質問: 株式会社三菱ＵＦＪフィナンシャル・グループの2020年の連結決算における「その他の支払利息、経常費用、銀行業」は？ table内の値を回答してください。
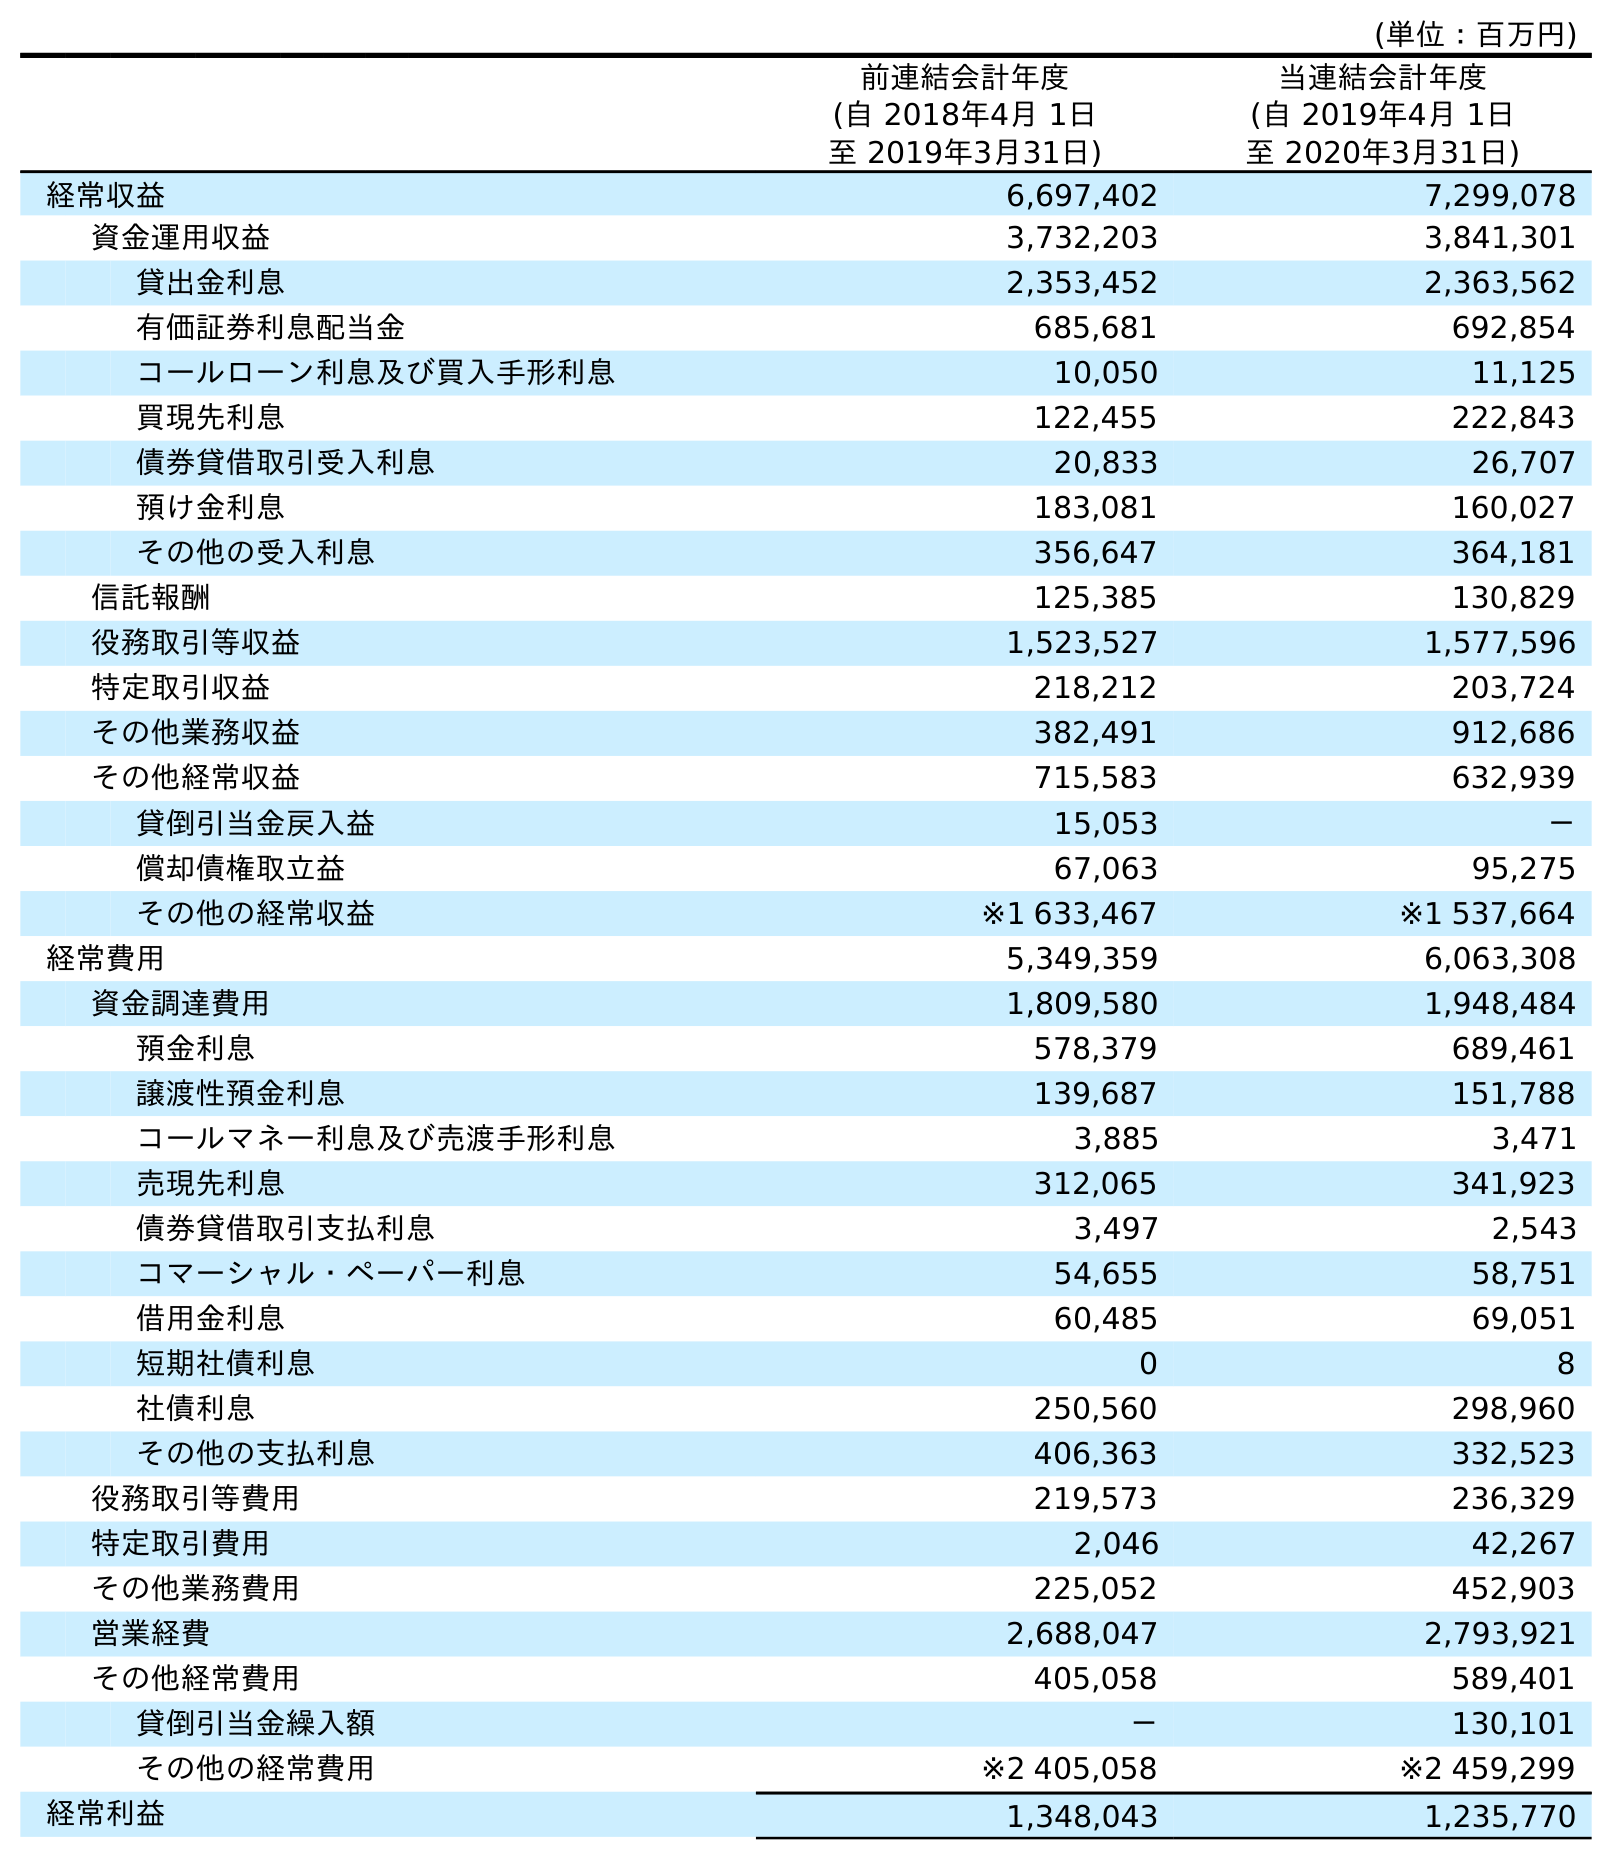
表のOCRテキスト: (単位：百万円) 前連結会計年度 (自 2018年4月 1日 至 2019年3月31日) 当連結会計年度 (自 2019年4月 1日 至 2020年3月31日) 経常収益 6,697,402 7,299,078 資金運用収益 3,732,203 3,841,301 貸出金利息 2,353,452 2,363,562 有価証券利息配当金 685,681 692,854 コールローン利息及び買入手形利息 10,050 11,125 買現先利息 122,455 222,843 債券貸借取引受入利息 20,833 26,707 預け金利息 183,081 160,027 その他の受入利息 356,647 364,181 信託報酬 125,385 130,829 役務取引等収益 1,523,527 1,577,596 特定取引収益 218,212 203,724 その他業務収益 382,491 912,686 その他経常収益 715,583 632,939 貸倒引当金戻入益 15,053 － 償却債権取立益 67,063 95,275 その他の経常収益 ※1 633,467 ※1 537,664 経常費用 5,349,359 6,063,308 資金調達費用 1,809,580 1,948,484 預金利息 578,379 689,461 譲渡性預金利息 139,687 151,788 コールマネー利息及び売渡手形利息 3,885 3,471 売現先利息 312,065 341,923 債券貸借取引支払利息 3,497 2,543 コマーシャル・ペーパー利息 54,655 58,751 借用金利息 60,485 69,051 短期社債利息 0 8 社債利息 250,560 298,960 その他の支払利息 406,363 332,523 役務取引等費用 219,573 236,329 特定取引費用 2,046 42,267 その他業務費用 225,052 452,903 営業経費 2,688,047 2,793,921 その他経常費用 405,058 589,401 貸倒引当金繰入額 － 130,101 その他の経常費用 ※2 405,058 ※2 459,299 経常利益 1,348,043 1,235,770
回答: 332,523